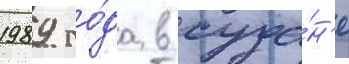
1989 го́да в суда́н'е